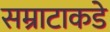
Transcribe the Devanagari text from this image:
सम्राटाकडे